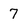
Character: 7